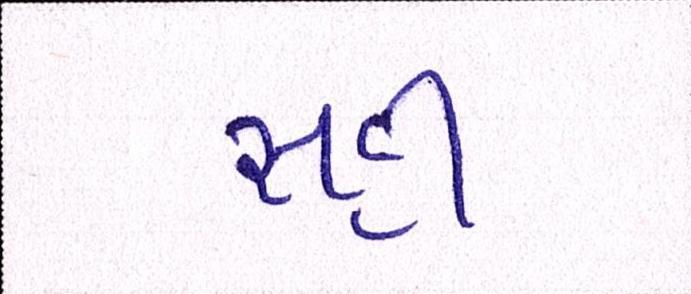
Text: સહી